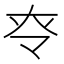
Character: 𡗪